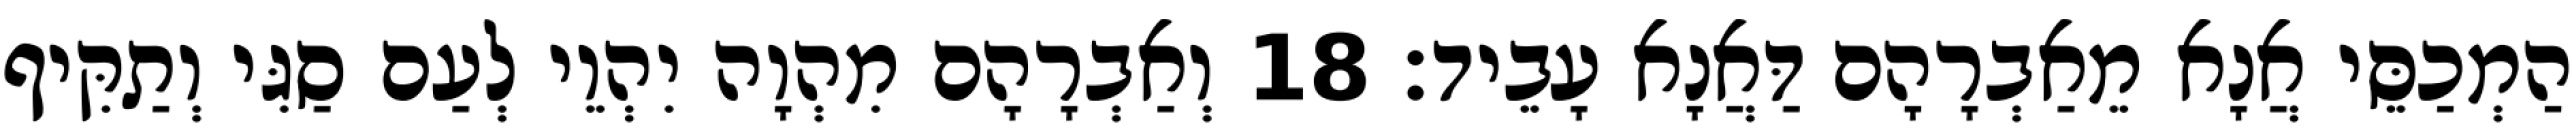
הַמְכַסֵּי אֲנָא מֵאַבְרָהָם דַּאֲנָא עָבֵיד׃ 18 וְאַבְרָהָם מִהְוָה יִהְוֵי לְעַם סַגִּי וְתַקִּיף